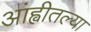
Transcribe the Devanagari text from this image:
आंह्वीतल्या